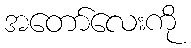
အတော်လေးကို